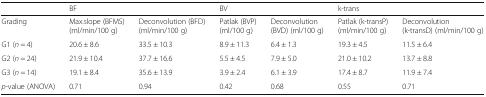
<table><thead><tr><td></td><td colspan="2"><b>BF</b></td><td colspan="2"><b>BV</b></td><td colspan="2"><b>k-trans</b></td></tr></thead><tbody><tr><td>Grading</td><td>Max.slope (BFMS) (ml/min/100 g)</td><td>Deconvolution (BFD) (ml/min/100 g)</td><td>Patlak (BVP) (ml/100 g)</td><td>Deconvolution (BVD) (ml/100 g)</td><td>Patlak (k-transP) (ml/min/100 g)</td><td>Deconvolution (k-transD) (ml/min/100 g)</td></tr><tr><td>G1 (<i>n</i> = 4)</td><td>20.6 ± 8.6</td><td>33.5 ± 10.3</td><td>8.9 ± 11.3</td><td>6.4 ± 1.3</td><td>19.3 ± 4.5</td><td>11.5 ± 6.4</td></tr><tr><td>G2 (<i>n</i> = 24)</td><td>21.9 ± 10.4</td><td>37.7 ± 16.6</td><td>5.5 ± 4.5</td><td>7.9 ± 5.0</td><td>21.0 ± 10.2</td><td>13.7 ± 8.8</td></tr><tr><td>G3 (<i>n</i> = 14)</td><td>19.1 ± 8.4</td><td>35.6 ± 13.9</td><td>3.9 ± 2.4</td><td>6.1 ± 3.9</td><td>17.4 ± 8.7</td><td>11.9 ± 7.4</td></tr><tr><td><i>p</i>-value (ANOVA)</td><td>0.71</td><td>0.94</td><td>0.42</td><td>0.68</td><td>0.55</td><td>0.71</td></tr></tbody></table>